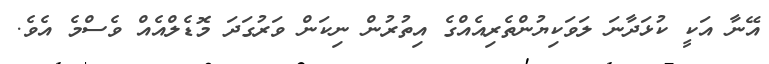
އޭނާ އަކީ ކުޅަދާނަ ލަވަކިޔުންތެރިއެއްގެ އިތުރުން ނިކަން ވަރުގަދަ މޮޑެލްއެއް ވެސްމެ އެވެ.